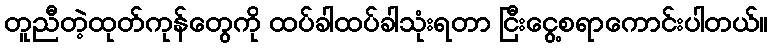
တူညီတဲ့ထုတ်ကုန်တွေကို ထပ်ခါထပ်ခါသုံးရတာ ငြီးငွေ့စရာကောင်းပါတယ်။